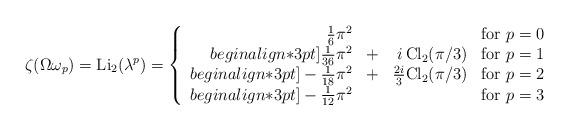
LaTeX: \begin{align*}\zeta(\Omega\omega_p)={\rm Li}_2(\lambda^p)=\left\{\begin{array}{rrrr} \frac16\pi^2&&&\mbox{for }p=0\\begin{align*}3pt] \frac1{36}\pi^2&+&i\,{\rm Cl}_2(\pi/3)&\mbox{for }p=1\\begin{align*}3pt]-\frac1{18}\pi^2&+&\frac{2i}{3}{\rm Cl}_2(\pi/3)&\mbox{for }p=2\\begin{align*}3pt]-\frac1{12}\pi^2&&&\mbox{for }p=3\end{array}\right.\end{align*}